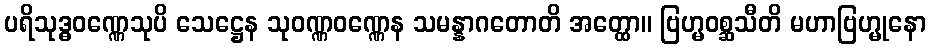
ပရိသုဒ္ဓဝဏ္ဏေသုပိ သေဋ္ဌေန သုဝဏ္ဏဝဏ္ဏေန သမန္နာဂတောတိ အတ္ထော။ ဗြဟ္မဝစ္ဆသီတိ မဟာဗြဟ္မုနော